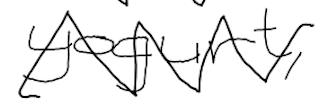
Text: yogurt,
Cross-out: zig-zag
Writing tool: digital_black